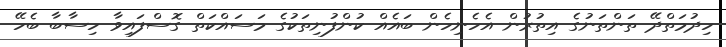
ހިދުމަތްދޭ ތަންތަނުގެ އިތުރުން އެހެނިހެން ބައެއް ކުންފުނިތަކުގެ މަސައްކަތް ގޮސްފައިވާ ހިސާބާ ބެހޭ